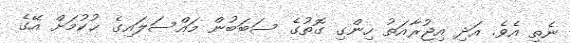
ނެތި އެވެ. އަދި އިޖުރާއަތު ހިންގި ގޮތުގެ ސަބަބުން މައްސަލައިގެ ޙުކުމަށް އޭގެ